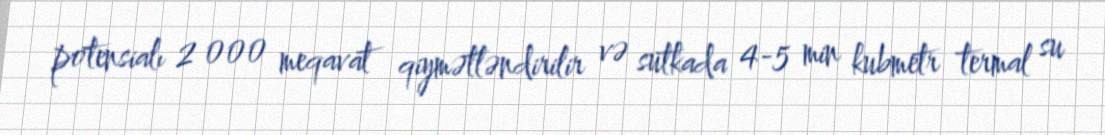
potensialı 2 000 meqavat qiymətləndirilir və sutkada 4-5 min kubmetr termal su